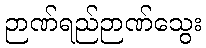
ဉာဏ်ရည်ဉာဏ်သွေး